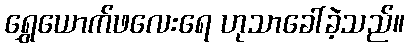
ရွှေယောက်ဖလေးရေ ဟုသာခေါ်ခဲ့သည်။